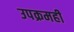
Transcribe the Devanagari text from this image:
उपक्रमहीे